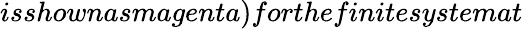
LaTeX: isshownasmagenta)forthefinitesystemat